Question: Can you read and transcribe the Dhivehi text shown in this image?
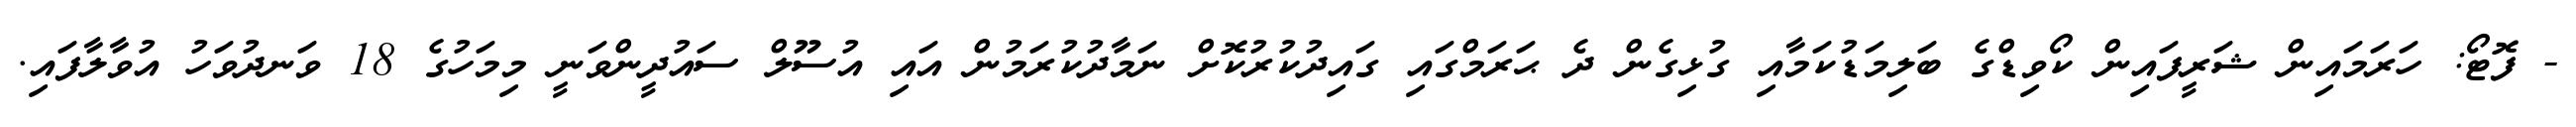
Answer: - ފޮޓޯ: ހަރަމައިން ޝަރީފައިން ކޯވިޑްގެ ބަލިމަޑުކަމާއި ގުޅިގެން ދެ ޙަރަމްގައި ގައިދުކުރުކޮށް ނަމާދުކުރަމުން އައި އުސޫލް ސައުދީންވަނީ މިމަހުގެ 18 ވަނދުވަހު އުވާލާފައި.